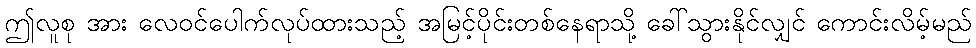
ဤလူစု အား လေဝင်ပေါက်လုပ်ထားသည့် အမြင့်ပိုင်းတစ်နေရာသို့ ခေါ်သွားနိုင်လျှင် ကောင်းလိမ့်မည်